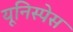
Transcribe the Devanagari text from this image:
यूनिस्पेस